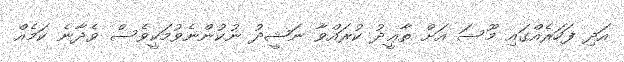
އަދި ފަހަރެއްގައި މޫސަ އަށް ތާޢީދު ކުރައްވާ ނަޝީދު ނުކުންނެވުމަކީވެސް ވެދާނެ ކަމެއް